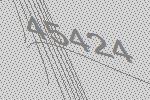
45424